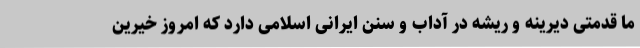
ما قدمتی دیرینه و ریشه در آداب و سنن ایرانی اسلامی دارد که امروز خیرین